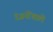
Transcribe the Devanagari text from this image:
रंजनोंवाले